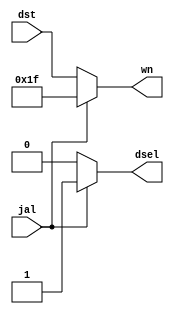
`timescale 1ns / 1ps
//////////////////////////////////////////////////////////////////////////////////
// Company: 
// Engineer: 
// 
// Design Name: 
// Module Name: f
// Project Name: 
// Target Devices: 
// Tool Versions: 
// Description: 
// 
// Dependencies: 
// 
// Revision:
// Revision 0.01 - File Created
// Additional Comments:
// 
//////////////////////////////////////////////////////////////////////////////////


module f (jal, dst, dsel, wn);
    input jal;
    input [4:0] dst;
    output reg dsel;
    output reg [4:0] wn;
    always @(*)
    begin
        if (jal) begin
            dsel = 1;
            wn = 5'b11111;
        end
        else
        begin
            dsel = 0;
            wn = dst;
        end
    end
endmodule